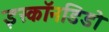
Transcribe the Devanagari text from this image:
इस्कॉनडिडो